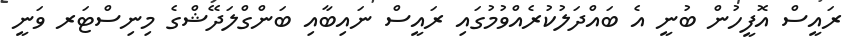
ރައީސް އޮފީހުން ބުނީ އެ ބައްދަލުކުރެއްވުމުގައި ރައީސް ނައިބާއި ބަންގްލަދޭޝްގެ މިނިސްޓަރ ވަނީ